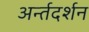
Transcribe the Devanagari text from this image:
अर्न्तदर्शन